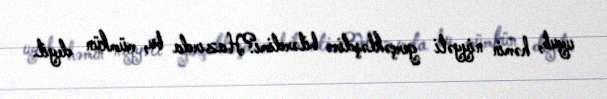
uyub, həmin niyyəti gerçəkləşdirə bilərdimi?Hazırda bu, mümkün deyil.